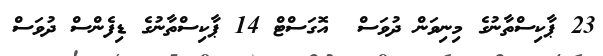
23 ޕާކިސްތާނުގެ މިނިވަން ދުވަސް  އޮގަސްޓް 14 ޕާކިސްތާނުގެ ޑިފެންސް ދުވަސް